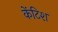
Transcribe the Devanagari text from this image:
केंटिश